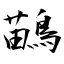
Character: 鶓